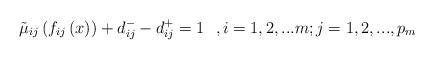
LaTeX: \begin{align*}{\tilde \mu _{ij}}\left( {{f_{ij}}\left( x \right)} \right) + d_{ij}^ - - d_{ij}^ + = 1\,\,\,\,,i = 1,2,...m;j = 1,2,...,p_m\end{align*}